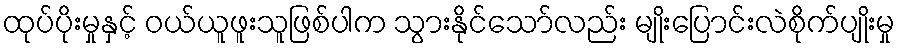
ထုပ်ပိုးမှုနှင့် ဝယ်ယူဖူးသူဖြစ်ပါက သွားနိုင်သော်လည်း မျိုးပြောင်းလဲစိုက်ပျိုးမှု